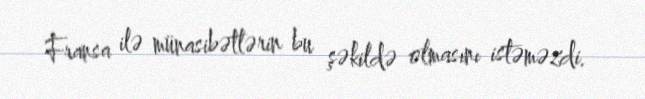
Fransa ilə münasibətlərin bu şəkildə olmasını istəməzdi.